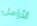
الأرامل